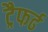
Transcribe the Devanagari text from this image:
ट्रैफर्ढ